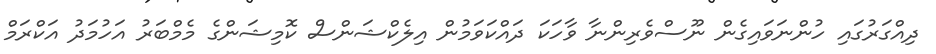
ދިއްގަރުގައި ހުންނަވައިގެން ނޫސްވެރިންނާ ވާހަކަ ދައްކަވަމުން އިލެކްޝަންސް ކޮމިޝަންގެ މެމްބަރު އަހުމަދު އަކްރަމް